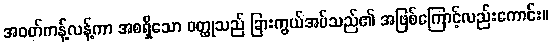
အဝတ်ကန့်လန့်ကာ အစရှိသော ဝတ္ထုသည် ခြားကွယ်အပ်သည်၏ အဖြစ်ကြောင့်လည်းကောင်း။